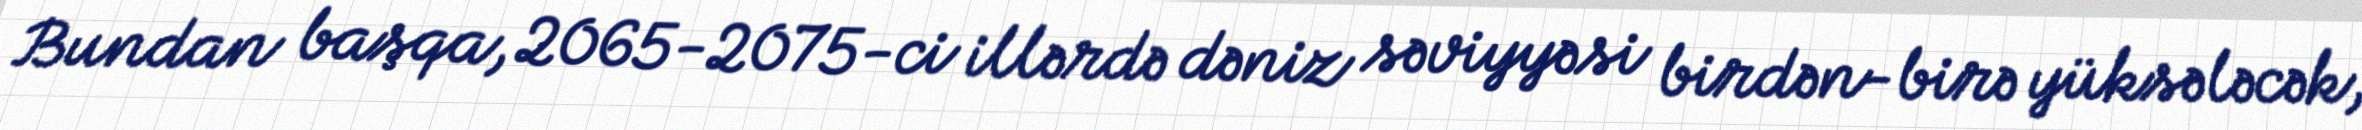
Bundan başqa, 2065-2075-ci illərdə dəniz səviyyəsi birdən-birə yüksələcək,